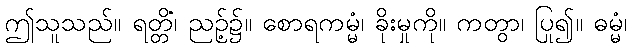
ဤသူသည်။ ရတ္တိံ၊ ညဉ့်၌။ စောရကမ္မံ၊ ခိုးမှုကို။ ကတွာ၊ ပြု၍။ ဓမ္မံ၊